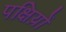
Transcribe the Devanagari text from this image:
पक्षिय़ों